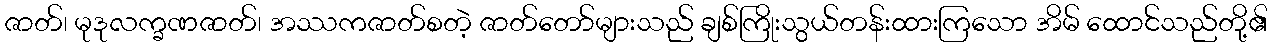
ဇာတ်၊ မုဒုလက္ခဏဇာတ်၊ အဿကဇာတ်စတဲ့ ဇာတ်တော်များသည် ချစ်ကြိုးသွယ်တန်းထားကြသော အိမ် ထောင်သည်တို့၏